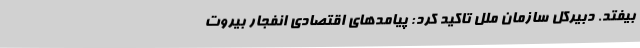
بیفتد. دبیرکل سازمان ملل تاکید کرد: پیامدهای اقتصادی انفجار بیروت